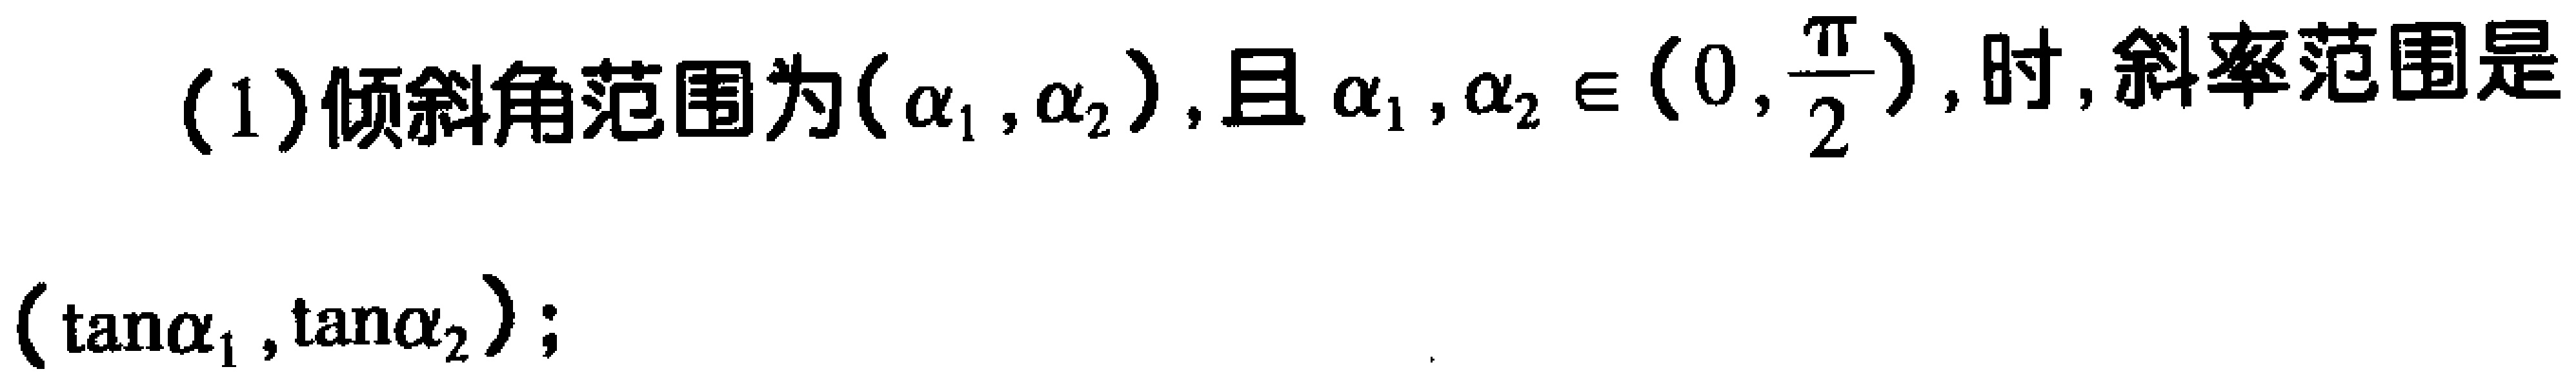
(1)倾斜角范围为$(\alpha_{1},\alpha_{2})$,且$\alpha_{1},\alpha_{2} \in \left(0,\frac{\pi}{2}\right)$,时,斜率范围是$(\tan\alpha_{1},\tan\alpha_{2})$;